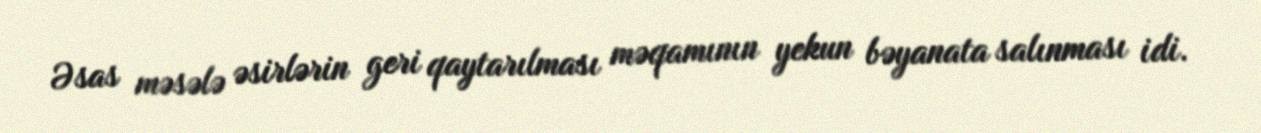
Əsas məsələ əsirlərin geri qaytarılması məqamının yekun bəyanata salınması idi.